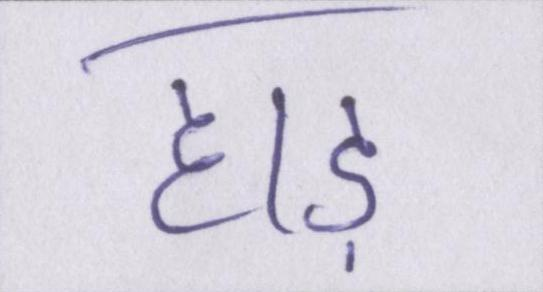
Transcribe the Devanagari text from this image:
हाड़